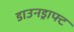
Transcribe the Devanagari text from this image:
डाउनड्राफ्ट